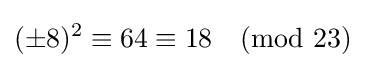
(\pm 8)^{2}\equiv 64\equiv 18{\pmod {23}}